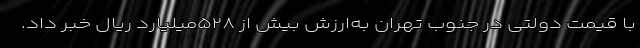
با قیمت دولتی در جنوب تهران به‌ارزش بیش از ۵۲۸میلیارد ریال خبر داد.